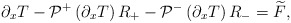
\begin{align*}\partial_x T-\mathcal{P}^+\left(\partial_x T\right) R_+-\mathcal{P}^-\left(\partial_x T\right) R_-=\widetilde{F},\end{align*}